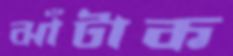
ঝাঁটাক